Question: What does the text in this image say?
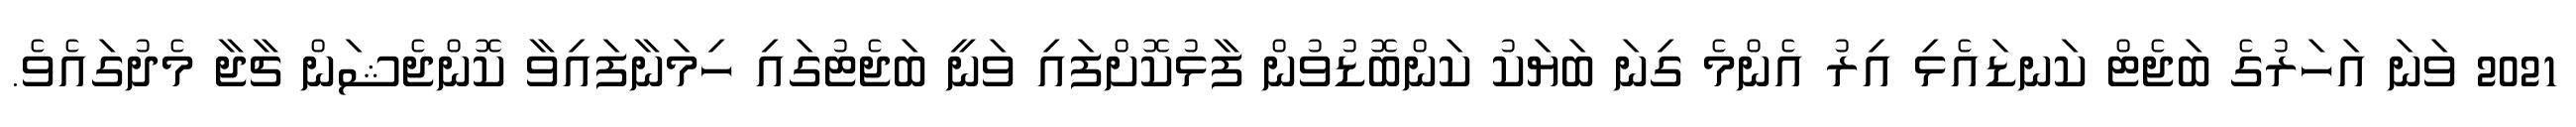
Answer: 2021 ވަނަ އަހަރުގެ ބަޖެޓް ކަނޑައެޅި އިރު އެންމެ ގިނަ ބަޔަކު ކަންބޮޑުވުން ފާޅުކޮށްފައި ވަނީ ބަޖެޓުގައި ހިމަނާފައިވާ ކޮންޖެޝަން ޗާޖާ މެދުގައެވެ.